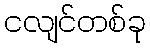
ငလျင်တစ်ခု